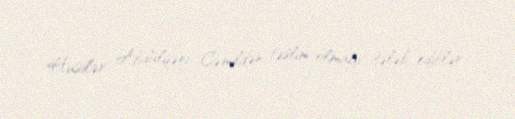
Husilər Abdülqəni Cəmildən təslim olmağı tələb ediblər.